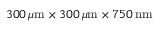
3 0 0 \, \mu \mathrm { m } \times 3 0 0 \, \mu \mathrm { m } \times 7 5 0 \, \mathrm { n m }